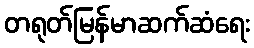
တရုတ်မြန်မာဆက်ဆံရေး